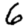
Digit: 6